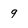
Character: 9